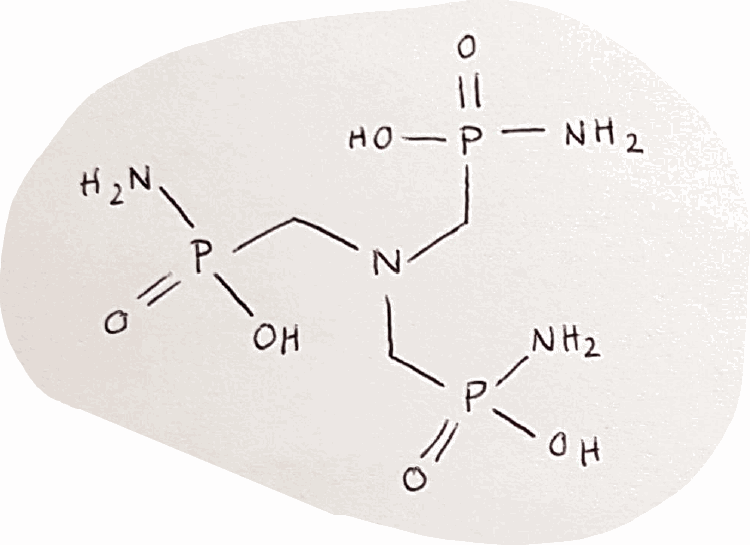
Simplified molecular-input line-entry system (SMILES) notation of the given molecule:
C(N(CP(=O)(N)O)CP(=O)(N)O)P(=O)(N)O